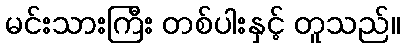
မင်းသားကြီး တစ်ပါးနှင့် တူသည်။